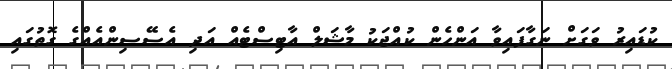
ކުޑައިރު ވަގަށް ނަގާފައިވާ އަންހެން ކުއްޖަކު މާޝަލް އާޓިސްޓެއް އަދި އެސޭސިންއެއްގެ ގޮތުގައި